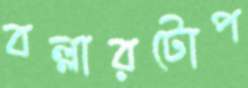
বল্লারটোপ